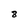
Character: 8